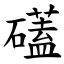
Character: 礚